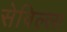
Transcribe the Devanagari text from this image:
सेविल्ला